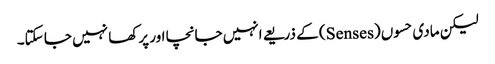
لیکن مادی حسوں (Senses) کے ذریعے انہیں جانچا اور پرکھا نہیں جا سکتا۔